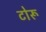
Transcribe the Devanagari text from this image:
टोरू